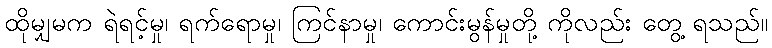
ထိုမျှမက ရဲရင့်မှု၊ ရက်ရောမှု၊ ကြင်နာမှု၊ ကောင်းမွန်မှုတို့ ကိုလည်း တွေ့ ရသည်။